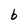
Character: b